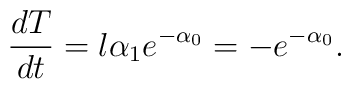
\frac{dT}{d t}=l \alpha_1 e^{-\alpha_0}=- e^{-\alpha_0}.